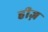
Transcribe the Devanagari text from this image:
हीज़